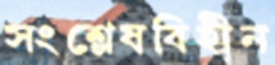
সংশ্লেষবিহীন